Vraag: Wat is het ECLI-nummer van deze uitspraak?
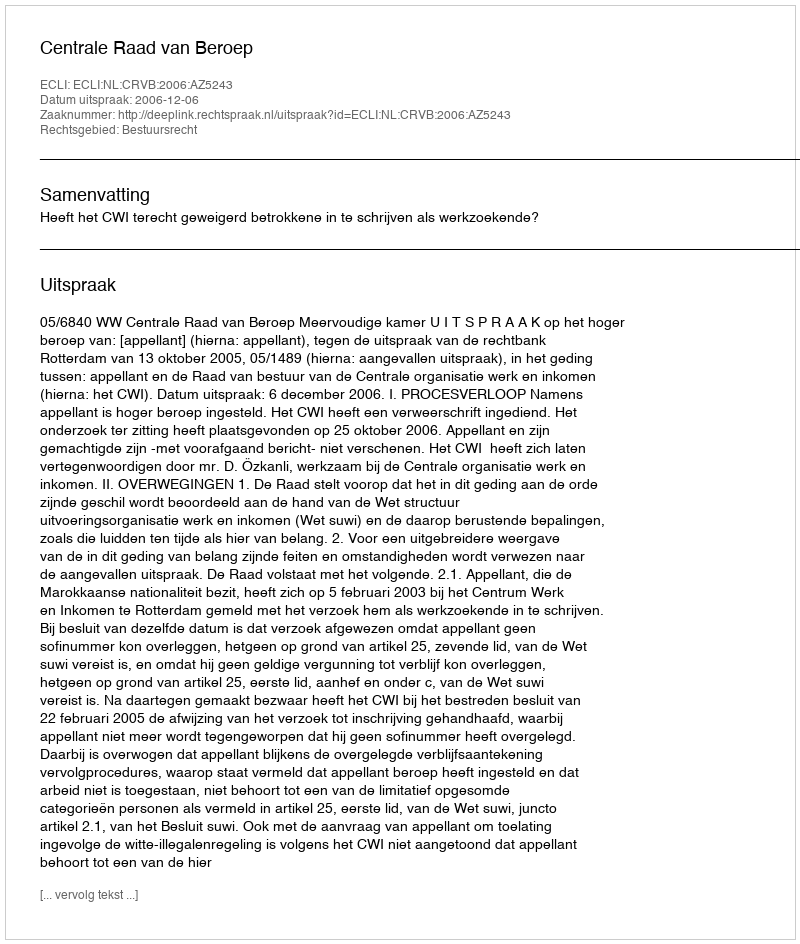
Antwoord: ECLI:NL:CRVB:2006:AZ5243